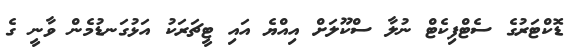
ޑޮކްޓަރުގެ ސެޓްފިކެޓް ނުލާ ސްކޫލަށް އިއްޔެ އައި ޓީޗަރަކު އަޅުގަނޑުމެން ވާނީ ގެ